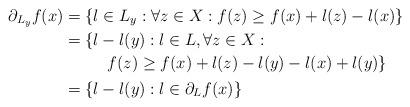
LaTeX: \begin{align*} \partial_{L_y} f(x) &= \{l\in L_y: \forall z\in X: f(z)\geq f(x) + l(z) - l(x)\} \\ &= \{\begin{multlined}[t]l-l(y): l\in L, \forall z\in X:\\f(z)\geq f(x) + l(z) - l(y) - l(x) + l(y)\}\end{multlined} \\ &= \{l-l(y): l\in \partial_L f(x)\} \end{align*}